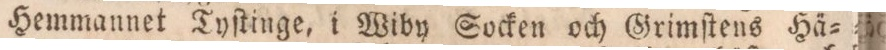
Hemmannet Tyſtinge, i Wiby Socken och Grimſtens Hä=